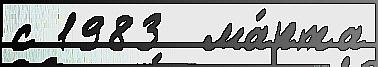
с 1983  ма́рта